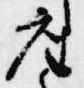
座